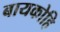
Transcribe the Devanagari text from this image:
बायकोहि